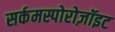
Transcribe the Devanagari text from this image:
सर्कमस्पोरोज़ॉइट